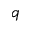
q